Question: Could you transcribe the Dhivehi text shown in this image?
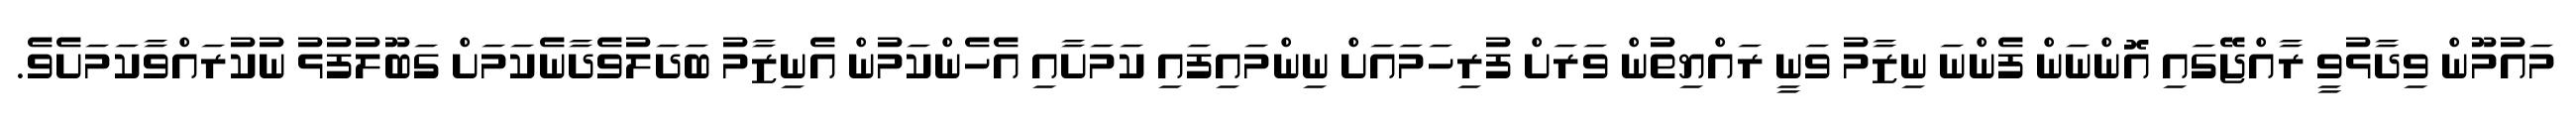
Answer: މައުމޫން ވިދާޅުވީ ރާއްޖޭގައި އޮންނަން ފެންނަ ނިޒާމު ވަނީ ރައްޔިތުން ވަރަށް ފުރިހަމައަށް ނިންމައިފައި ކަމަށާއި އެހެންކަމުން އެނިޒާމު ބަދަލުވެދާނެކަމަށް ގަބޫލުފުޅު ނުކުރައްވާކަމަށެވެ.